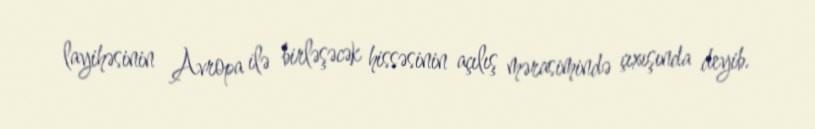
layihəsinin Avropa ilə birləşəcək hissəsinin açılış mərasimində çıxışında deyib.